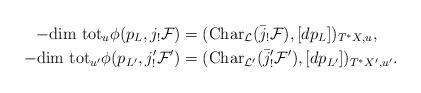
LaTeX: \begin{align*}-{\rm dim\ tot}_u\phi(p_L,j_!{\cal F})&=({\rm Char}_{\cal L}(\bar j_!{\cal F}),[dp_L])_{T^*X,u},\\-{\rm dim\ tot}_{u'}\phi(p_{L'},j'_!{\cal F}')&=({\rm Char}_{{\cal L}'}(\bar j'_!{\cal F}'),[dp_{L'}])_{T^*X',u'}.\end{align*}